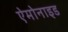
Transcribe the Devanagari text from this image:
ऐमोनाइड